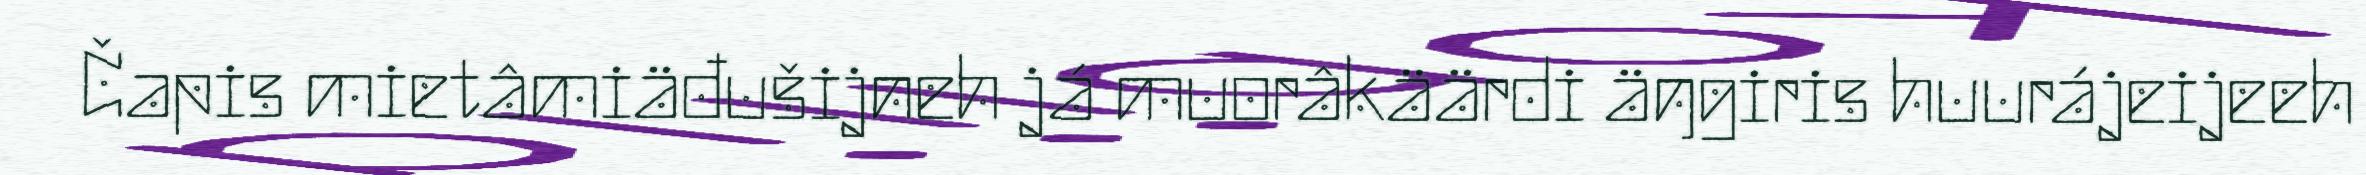
Čapis mietâmiäđušijneh já muorâkäärdi äŋgiris huurájeijeeh